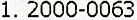
1. 2000-0063